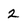
Character: 2